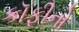
કૉફીનો